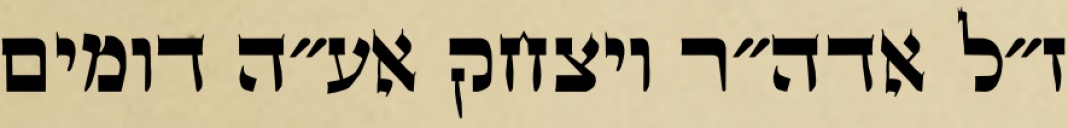
ז״ל אדה״ר ויצחק אע״ה דומים